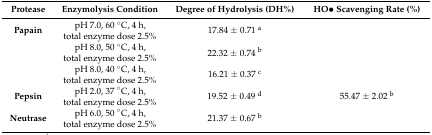
<table><thead><tr><td><b>Protease</b></td><td><b>Enzymolysis Condition</b></td><td><b>Degree of Hydrolysis (DH%)</b></td><td><b>HO• Scavenging Rate (%)</b></td></tr></thead><tbody><tr><td><b>Papain</b></td><td>pH 7.0, 60 °C, 4 h, total enzyme dose 2.5%</td><td>17.84 ± 0.71 <sup>a</sup></td><td>[EMPTY_CELL]</td></tr><tr><td>[EMPTY_CELL]</td><td>pH 8.0, 50 °C, 4 h, total enzyme dose 2.5%</td><td>22.32 ± 0.74 <sup>b</sup></td><td>[EMPTY_CELL]</td></tr><tr><td>[EMPTY_CELL]</td><td>pH 8.0, 40 °C, 4 h, total enzyme dose 2.5%</td><td>16.21 ± 0.37 <sup>c</sup></td><td>[EMPTY_CELL]</td></tr><tr><td><b>Pepsin</b></td><td>pH 2.0, 37 °C, 4 h, total enzyme dose 2.5%</td><td>19.52 ± 0.49 <sup>d</sup></td><td>55.47 ± 2.02 <sup>b</sup></td></tr><tr><td><b>Neutrase</b></td><td>pH 6.0, 50 °C, 4 h, total enzyme dose 2.5%</td><td>21.37 ± 0.67 <sup>b</sup></td><td>[EMPTY_CELL]</td></tr></tbody></table>